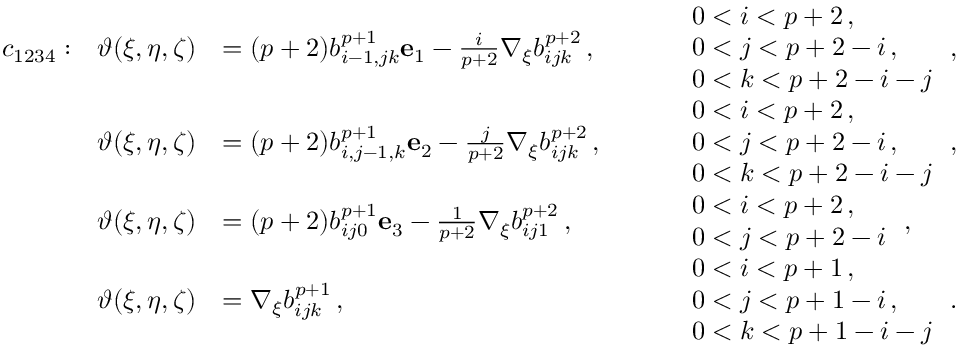
\begin{array} { r l r l r l } & { c _ { 1 2 3 4 } : } & { \boldsymbol { \vartheta } ( \xi , \eta , \zeta ) } & { = ( p + 2 ) b _ { i - 1 , j k } ^ { p + 1 } \mathbf { e } _ { 1 } - \frac { i } { p + 2 } \nabla _ { \xi } b _ { i j k } ^ { p + 2 } \, , } & & { \begin{array} { r l } & { 0 < i < p + 2 \, , } \\ & { 0 < j < p + 2 - i \, , } \\ & { 0 < k < p + 2 - i - j } \end{array} \, , } \\ & { } & { \boldsymbol { \vartheta } ( \xi , \eta , \zeta ) } & { = ( p + 2 ) b _ { i , j - 1 , k } ^ { p + 1 } \mathbf { e } _ { 2 } - \frac { j } { p + 2 } \nabla _ { \xi } b _ { i j k } ^ { p + 2 } \, , } & & { \begin{array} { r l } & { 0 < i < p + 2 \, , } \\ & { 0 < j < p + 2 - i \, , } \\ & { 0 < k < p + 2 - i - j } \end{array} \, , } \\ & { } & { \boldsymbol { \vartheta } ( \xi , \eta , \zeta ) } & { = ( p + 2 ) b _ { i j 0 } ^ { p + 1 } \mathbf { e } _ { 3 } - \frac { 1 } { p + 2 } \nabla _ { \xi } b _ { i j 1 } ^ { p + 2 } \, , } & & { \begin{array} { r l } & { 0 < i < p + 2 \, , } \\ & { 0 < j < p + 2 - i } \end{array} \, , } \\ & { } & { \boldsymbol { \vartheta } ( \xi , \eta , \zeta ) } & { = \nabla _ { \xi } b _ { i j k } ^ { p + 1 } \, , } & & { \begin{array} { r l } & { 0 < i < p + 1 \, , } \\ & { 0 < j < p + 1 - i \, , } \\ & { 0 < k < p + 1 - i - j } \end{array} \, . } \end{array}